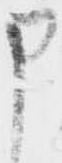
申